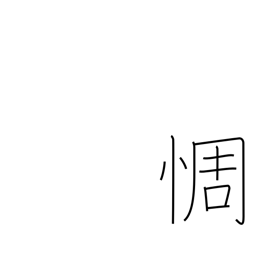
Meaning: be disappointed